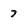
Character: 7